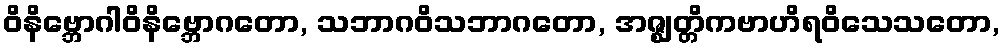
ဝိနိဗ္ဘောဂါဝိနိဗ္ဘောဂတော, သဘာဂဝိသဘာဂတော, အဇ္ဈတ္တိကဗာဟိရဝိသေသတော,